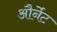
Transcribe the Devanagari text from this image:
और्नेट